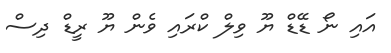
އައި ނޯ ޑޭޑް ޔޫ ވިލް ކްރައި ވެން ޔޫ ރީޑް ދިސް